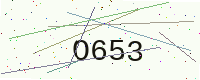
Text: O653